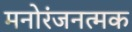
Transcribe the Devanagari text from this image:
मनोरंजनत्मक